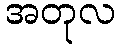
အတုလ